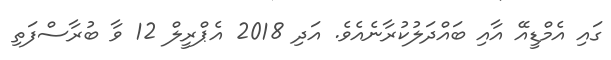
ގައި އެމްޑީއޭ އާއި ބައްދަލުކުރާނެއެވެ. އަދި 2018 އެޕްރީލް 12 ވާ ބުރާސްފަތި